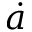
\dot { a }